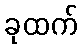
ခုထက်